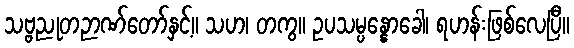
သဗ္ဗညုတဉာဏ်တော်နှင့်။ သဟ၊ တကွ။ ဥပသမ္ပန္နောခေါ၊ ရဟန်းဖြစ်လေပြီ။